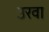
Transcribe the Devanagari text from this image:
उरवा